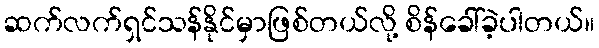
ဆက်လက်ရှင်သန်နိုင်မှာဖြစ်တယ်လို့ စိန်ခေါ်ခဲ့ပါတယ်။